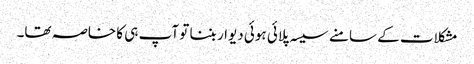
مشکلات کے سامنے سیسہ پلائی ہوئی دیوار بننا تو آپ ہی کا خاصہ تھا۔